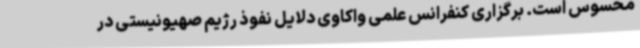
محسوس است. برگزاری کنفرانس علمی واکاوی دلایل نفوذ رژیم صهیونیستی در